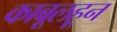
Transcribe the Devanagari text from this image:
काबूलहून